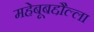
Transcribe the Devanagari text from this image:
महेबूबद्दौल्ला